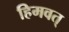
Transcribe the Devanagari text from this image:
हिमवत्